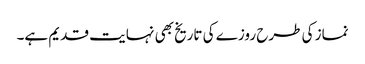
نماز کی طرح روزے کی تاریخ بھی نہایت قدیم ہے۔